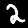
Digit: 2